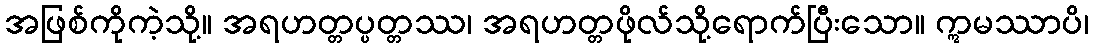
အဖြစ်ကိုကဲ့သို့။ အရဟတ္တပ္ပတ္တဿ၊ အရဟတ္တဖိုလ်သို့ရောက်ပြီးသော။ ဣမဿာပိ၊